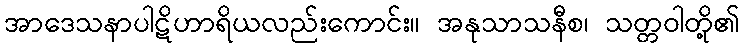
အာဒေသနာပါဋိဟာရိယလည်းကောင်း။ အနုသာသနီစ၊ သတ္တဝါတို့၏